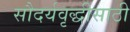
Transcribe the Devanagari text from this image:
सौदर्यवृद्धीसाठी